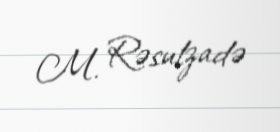
M. Rəsulzadə